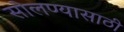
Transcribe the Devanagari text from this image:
सोलण्यासाठी